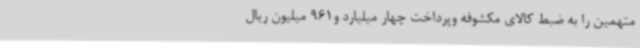
متهمین را به ضبط کالای مکشوفه وپرداخت چهار میلیارد و961 میلیون ریال